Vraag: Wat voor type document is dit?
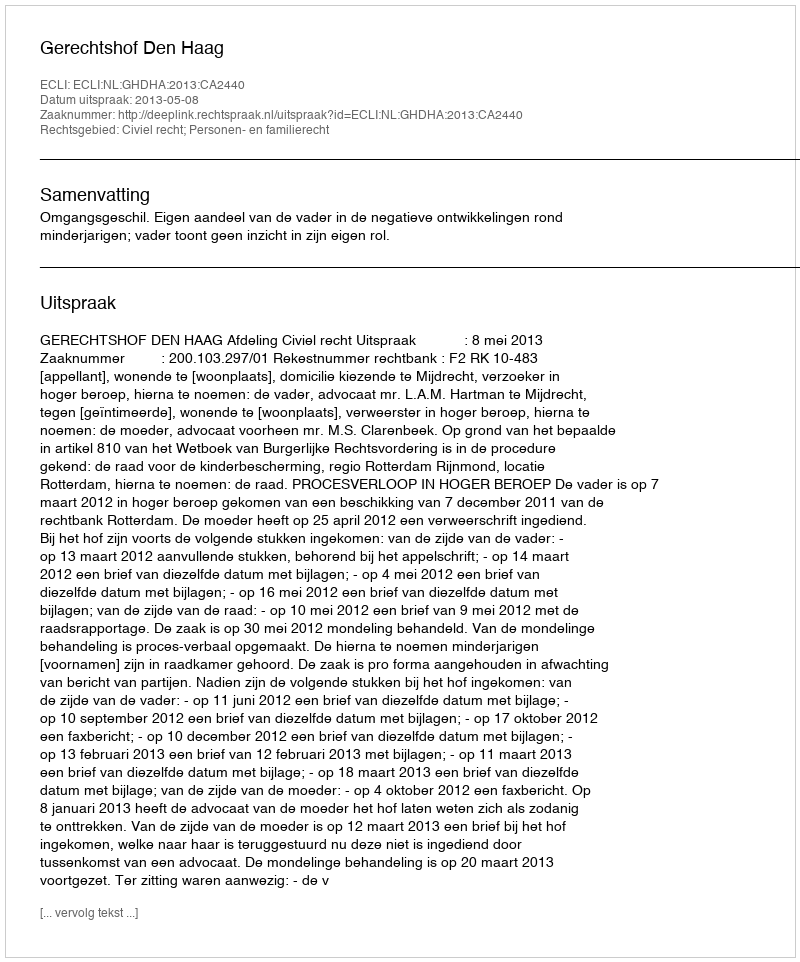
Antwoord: Uitspraak